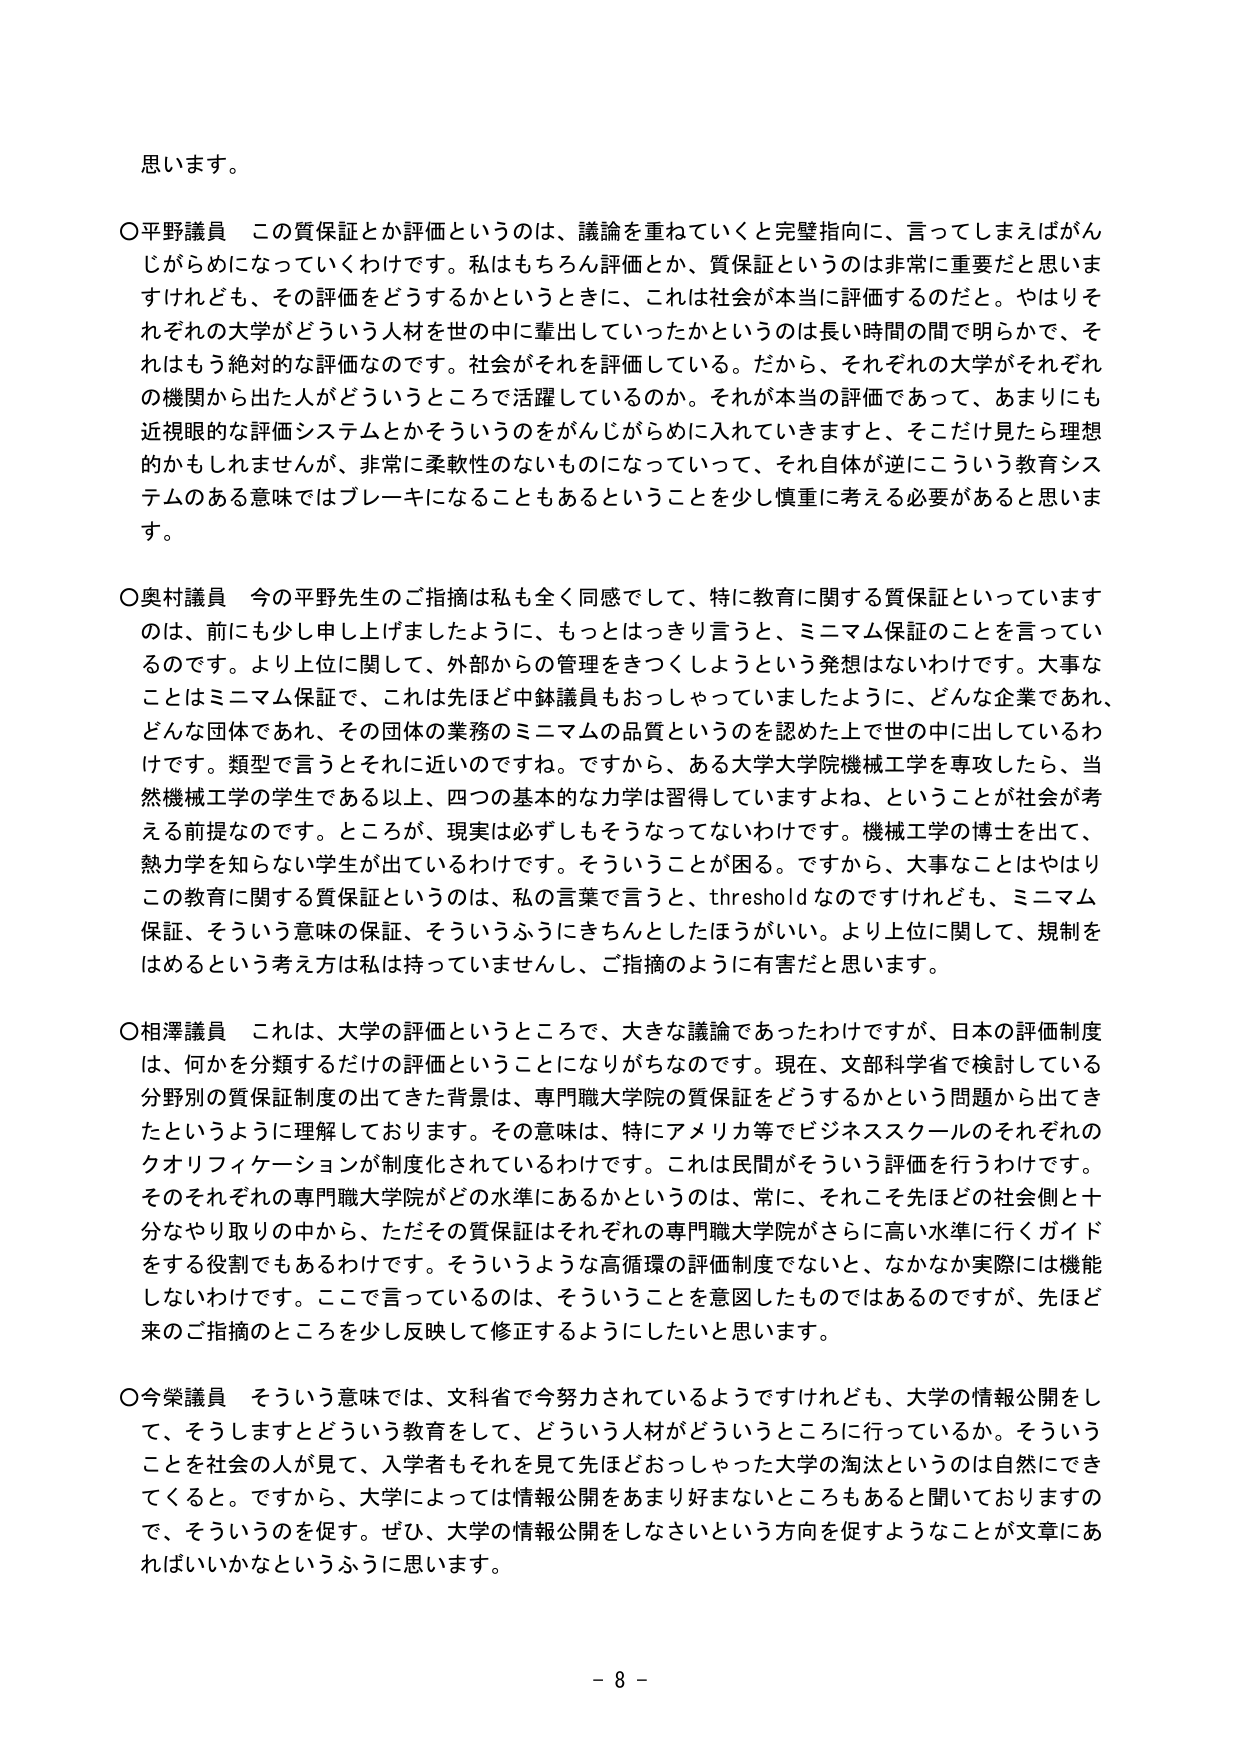
思います。

○平野議員　この質保証とか評価というのは、議論を重ねていくと完璧指向に、言ってしまえばがんじがらめになっていくわけです。私はもちろん評価とか、質保証というのは非常に重要だと思いますけれども、その評価をどうするかというときに、これは社会が本当に評価するのだと。やはりそれぞれの大学がどういう人材を世の中に輩出していったかというのは長い時間の間で明らかで、それはもう絶対的な評価なのです。社会がそれを評価している。だから、それぞれの大学がそれぞれの機関から出た人がどういうところで活躍しているのか。それが本当の評価であって、あまりにも近視眼的な評価システムとかそういうのをがんじがらめに入れていきますと、そこだけ見たら理想的かもしれませんが、非常に柔軟性のないものになっていって、それ自体が逆にこういう教育システムのある意味ではブレーキになることもあるということを少し慎重に考える必要があると思います。

○奥村議員　今の平野先生のご指摘は私も全く同感をして、特に教育に関する質保証といっていますのは、前に少し申し上げましたように、もっとはっきり言うと、ミニマム保証のことを言っているのです。より上位に関して、外部からの管理をきつくしようという発想はないわけです。大事なことはミニマム保証で、これは先ほど中鉢議員もおっしゃっていましたように、どんな企業であれ、どんな団体であれ、その団体の業務のミニマムの品質というのを認めた上で世の中に出しているわけです。類型で言うとそれに近いのですね。ですから、ある大学大学院機械工学を専攻したら、当然機械工学の学生である以上、四つの基本的な力学は習得していますよね、ということが社会が考える前提なのです。ところが、現実は必ずしもそうなってないわけです。機械工学の博士を出て、熱力学を知らない学生が出ているわけです。そういうことが困る。ですから、大事なことはやはりこの教育に関する質保証というのは、私の言葉で言うと、thresholdなのですけれども、ミニマム保証、そういう意味の保証、そういうふうにきちんとしたほうがいい。より上位に関して、規制をはめるという考え方は私は持っていませんし、ご指摘のように有害だと思います。

○相澤議員　これは、大学の評価というところで、大きな議論であったわけですが、日本の評価制度は、何かを分類するだけの評価ということになりがちなのです。現在、文部科学省で検討している分野別の質保証制度の出てきた背景は、専門職大学院の質保証をどうするかという問題から出てきたというように理解しております。その意味は、特にアメリカ等でビジネススクールのそれぞれのクオリフィケーションが制度化されているわけです。これは民間がそういう評価を行うわけです。そのそれぞれの専門職大学院がどの水準にあるかというのは、常に、それこそ先ほどの社会側と十分なやり取りの中から、ただその質保証はそれぞれの専門職大学院がさらに高い水準に行くガイドをする役割でもあるわけです。そういうような高循環の評価制度でないと、なかなか実際には機能しないわけです。ここで言っているのは、そういうことを意図したものではあるのですが、先ほど来のご指摘のところを少し反映して修正するようにしたいと思います。

○今榮議員　そういう意味では、文科省で今努力されているようですけれども、大学の情報公開をして、そうしますとどういう教育をして、どういう人材がどういうところに行っているか。そういうことを社会の人が見て、入学者もそれを見て先ほどおっしゃった大学の淘汰というのは自然にできてくると。ですから、大学によっては情報公開をあまり好まないところもあると聞いておりますので、そういうのを促す。ぜひ、大学の情報公開をしなさいという方向を促すようなことが文章にあればいいかなというふうに思います。

- 8 -